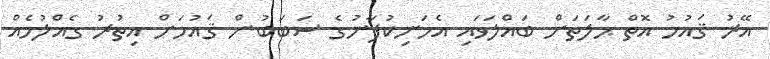
އޭރު ޤައުމު އޮތް ޙާލަތަށް ބައްލަވައި އެމަނިކުފާނުގެ ސަބަބުން ޤައުމަށް އިތުރު ގެއްލުމެއް